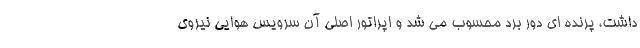
داشت، پرنده ای دور برد محسوب می شد و اپراتور اصلی آن سرویس هوایی نیروی